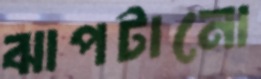
ঝাপটানো